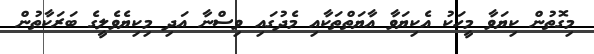
މިގޮތުން ކިޔަވާ މީހަކު އެކިޔަވާ އާޔަތްތަކާއި މެދުގައި ވިސްނާ އަދި މިކިޔެވެލީގެ ބަރަކާތުން